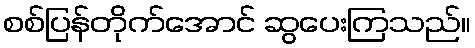
စစ်ပြန်တိုက်အောင် ဆွပေးကြသည်။